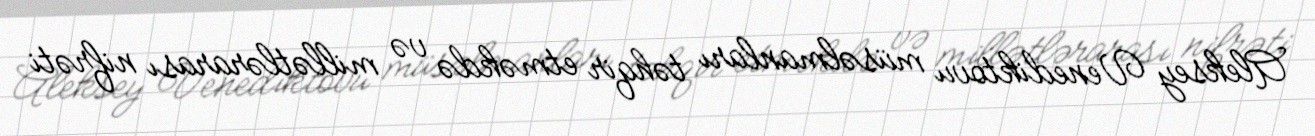
Aleksey Venediktovu müsəlmanları təhqir etməkdə və millətlərarası nifrəti